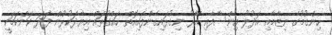
ހިންގުމުގެ ނިޒާމާއި އަދުލު އިންސާފާއި އޭރު ނިގުޅައިގެންފައިއޮތް ހައްގުތައް އިޔާދަކުރުން ފަދަ ކަންކަމަކީ